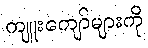
ကျူးကျော်များကို